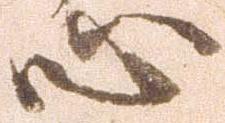
心